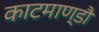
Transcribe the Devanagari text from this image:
काटमाण्डौ